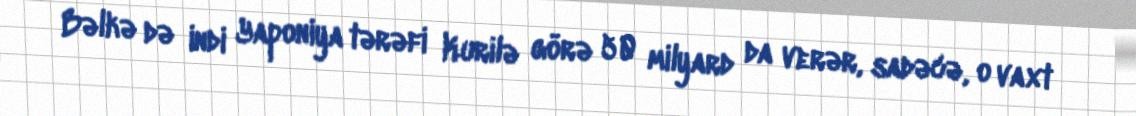
Bəlkə də indi Yaponiya tərəfi Kurilə görə 50 milyard da verər, sadəcə, o vaxt